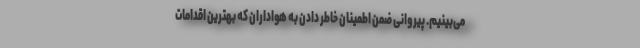
می‌بینیم. پیروانی ضمن اطمینان خاطر دادن به هواداران که بهترین اقدامات